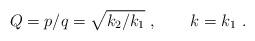
LaTeX: \begin{align*}Q=p/q = \sqrt{k_2/k_1} \ , \ \ \ \ \ \ k=k_1\ .\end{align*}